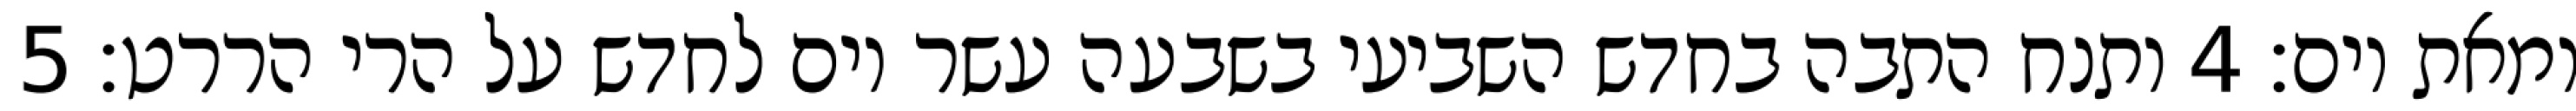
ומאת יום׃ ‎4‏ ותנח התבה בחדש השביעי בשבעה עשר יום לחדש על הרי הררט׃ ‎5‏